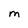
Character: M